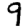
Digit: 9